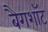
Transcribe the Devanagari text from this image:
बैगशॉट